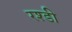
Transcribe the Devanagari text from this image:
रश्डी